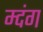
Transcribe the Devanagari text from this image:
म्दंग